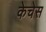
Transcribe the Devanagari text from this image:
केचेस